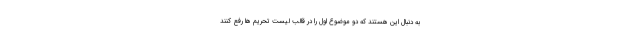
به دنبال این هستند که دو موضوع اول را در قالب لیست تحریم ها رفع کنند